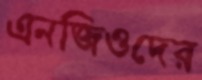
এনজিওদের